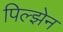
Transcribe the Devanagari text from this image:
पिल्झेन